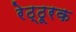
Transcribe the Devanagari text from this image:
रेठ्ठूरक